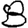
Digit: 8